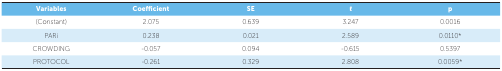
<table><thead><tr><td><b>Variables</b></td><td><b>Coefficient</b></td><td><b>SE</b></td><td><b>t</b></td><td><b>p</b></td></tr></thead><tbody><tr><td>(Constant)</td><td>2.075</td><td>0.639</td><td>3.247</td><td>0.0016</td></tr><tr><td>PARi</td><td>0.238</td><td>0.021</td><td>2.589</td><td>0.0110*</td></tr><tr><td>CROWDING</td><td>-0.057</td><td>0.094</td><td>-0.615</td><td>0.5397</td></tr><tr><td>PROTOCOL</td><td>-0.261</td><td>0.329</td><td>2.808</td><td>0.0059*</td></tr></tbody></table>